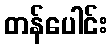
တန်ပေါင်း